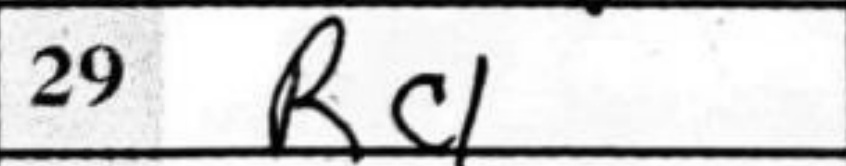
Transcription: Rc1